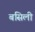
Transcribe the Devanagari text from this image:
बसिली